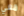
معي